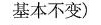
基本不变)